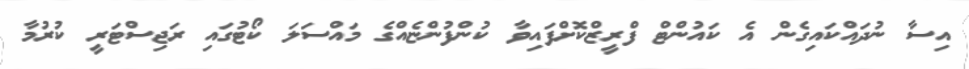
އިސާ ނުދައްކައިގެން އެ ކައުންޓް ފްރީޒްކޮށްފައިވާ ކުންފުންޏެއްގެ މައްސަލަ ކޯޓުގައި ރަޖިސްޓަރީ ކުރުމާ